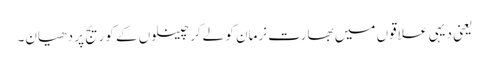
یعنی دیہی علاقوں میں بھارت نرمان کو لےکر چینلوں کے کوریج پر دھیان۔